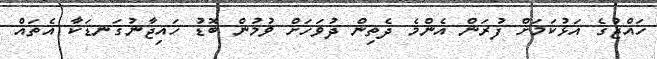
ހައްޖުގެ އަޅުކަމަށް ފުރަން އެންމެ ދެތިން ދުވަހަށް ވުމުން ބޮޑު ހައިޖާނުގަނޑަކާ އެތައް